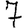
Digit: 7